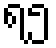
ရ၅